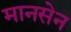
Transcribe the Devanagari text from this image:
मानसेन